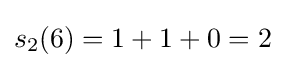
s_{2}(6)=1+1+0=2